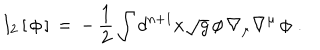
I _ { 2 } \, [ \, \phi \, ] \, = \, - \, { \frac { 1 } { 2 } } \int d ^ { n + 1 } x \sqrt { g } \, \phi \, \nabla _ { \mu } \nabla ^ { \mu } \, \phi \, \, .